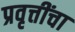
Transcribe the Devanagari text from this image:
प्रवृत्तींचा